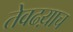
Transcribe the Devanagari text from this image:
तेवढय़ाच